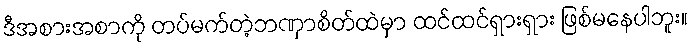
ဒီအစားအစာကို တပ်မက်တဲ့ဘဏှာစိတ်ထဲမှာ ထင်ထင်ရှားရှား ဖြစ်မနေပါဘူး။